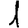
Digit: 1